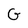
Character: G